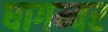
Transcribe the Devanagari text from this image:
धागम्वर